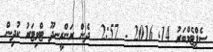
ސެޕްޓެމްބަރު 14